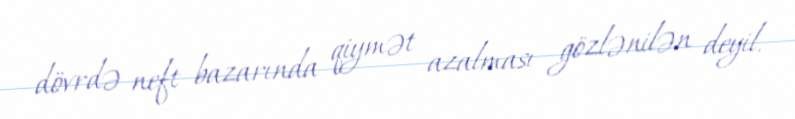
dövrdə neft bazarında qiymət azalması gözlənilən deyil.